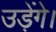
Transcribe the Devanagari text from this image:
उड़ेंगे।